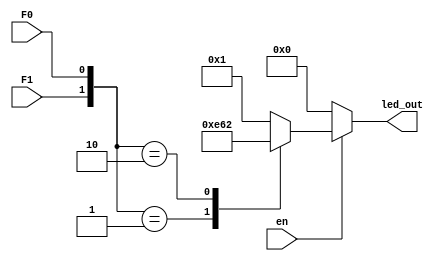
module transcoderDirect(
	input F1,
        input F0,
	input en,
	output reg [6:0] led_out
	);

always @(*)
begin
if(!en)
led_out=7'b0000000;
else
begin
	case({F1,F0})
		2'b00: led_out = 7'b0000001; //stay
		2'b01: led_out = 7'b0011100; //up
		2'b10: led_out = 7'b1100010; //down
	        default: led_out = 7'b0000001;//stay
	endcase
end
end
endmodule